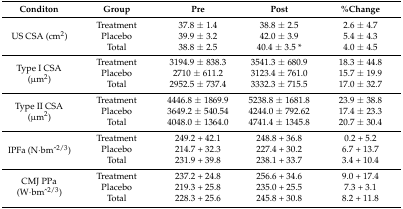
<table><thead><tr><td><b>Conditon</b></td><td><b>Group</b></td><td><b>Pre</b></td><td><b>Post</b></td><td><b>%Change</b></td></tr></thead><tbody><tr><td rowspan="3">US CSA (cm<sup>2</sup>)</td><td>Treatment</td><td>37.8 ± 1.4</td><td>38.8 ± 2.5</td><td>2.6 ± 4.7</td></tr><tr><td>Placebo</td><td>39.9 ± 3.2</td><td>42.0 ± 3.9</td><td>5.4 ± 4.3</td></tr><tr><td>Total</td><td>38.8 ± 2.5</td><td>40.4 ± 3.5 *</td><td>4.0 ± 4.5 </td></tr><tr><td rowspan="3">Type I CSA (μm2)</td><td>Treatment</td><td>3194.9 ± 838.3</td><td>3541.3 ± 680.9</td><td>18.3 ± 44.8</td></tr><tr><td>Placebo</td><td>2710 ± 611.2</td><td>3123.4 ± 761.0</td><td>15.7 ± 19.9</td></tr><tr><td>Total</td><td>2952.5 ± 737.4</td><td>3332.3 ± 715.5</td><td>17.0 ± 32.7</td></tr><tr><td rowspan="3">Type II CSA (μm2)</td><td>Treatment</td><td>4446.8 ± 1869.9</td><td>5238.8 ± 1681.8</td><td>23.9 ± 38.8</td></tr><tr><td>Placebo</td><td>3649.2 ± 540.54</td><td>4244.0 ± 792.62</td><td>17.4 ± 23.3</td></tr><tr><td>Total</td><td>4048.0 ± 1364.0</td><td>4741.4 ± 1345.8</td><td>20.7 ± 30.4</td></tr><tr><td rowspan="3">IPFa (N∙bm^<sup>2/3</sup>)</td><td>Treatment</td><td>249.2 + 42.1</td><td>248.8 + 36.8</td><td>0.2 + 5.2</td></tr><tr><td>Placebo</td><td>214.7 + 32.3</td><td>227.4 + 30.2</td><td>6.7 + 13.7</td></tr><tr><td>Total</td><td>231.9 + 39.8</td><td>238.1 + 33.7</td><td>3.4 + 10.4</td></tr><tr><td rowspan="3">CMJ PPa (W∙bm^<sup>2/3</sup>)</td><td>Treatment</td><td>237.2 + 24.8</td><td>256.6 + 34.6</td><td>9.0 + 17.4</td></tr><tr><td>Placebo</td><td>219.3 + 25.8</td><td>235.0 + 25.5</td><td>7.3 + 3.1</td></tr><tr><td>Total</td><td>228.3 + 25.6</td><td>245.8 + 30.8</td><td>8.2 + 11.8</td></tr></tbody></table>